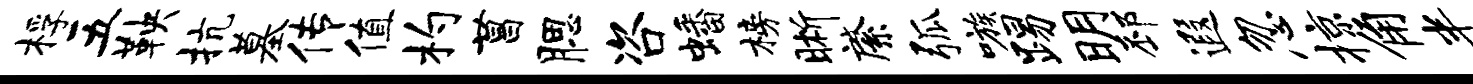
桴五鞅抗墓传值杓菖腮咨蟠榜晰綮弧嗾踢明邳遐忽掠角半